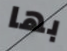
بها